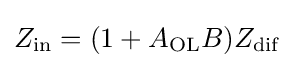
Z_{\text{in}}=(1+A_{\text{OL}}B)Z_{\text{dif}}